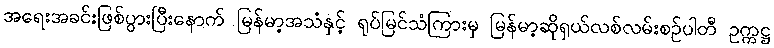
အရေးအခင်းဖြစ်ပွားပြီးနောက် မြန်မာ့အသံနှင့် ရုပ်မြင်သံကြားမှ မြန်မာ့ဆိုရှယ်လစ်လမ်းစဉ်ပါတီ ဥက္ကဋ္ဌ